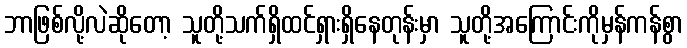
ဘာဖြစ်လို့လဲဆိုတော့ သူတို့သက်ရှိထင်ရှားရှိနေတုန်းမှာ သူတို့အကြောင်းကိုမှန်ကန်စွာ